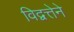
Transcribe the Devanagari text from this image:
विद्वत्तेने